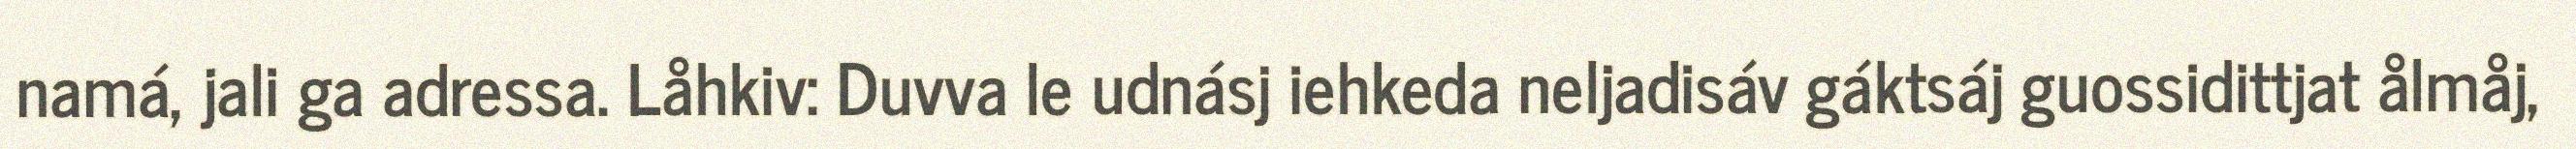
namá, jali ga adressa. Låhkiv: Duvva le udnásj iehkeda neljadisáv gáktsáj guossidittjat ålmåj,